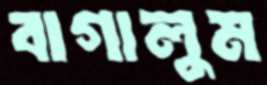
বাগালুম